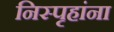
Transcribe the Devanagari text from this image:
निस्पृहांना